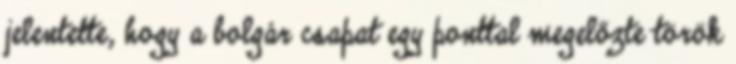
jelentette, hogy a bolgár csapat egy ponttal megelőzte török